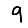
Digit: 9